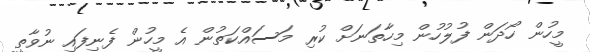
މީހުން ހޯދަން ފުލުހުން މިހާތަނަށް ކުރި މަސައްކަތުން އެ މީހުން ފެނިފައި ނުވާތީ